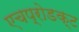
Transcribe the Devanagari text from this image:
एचप्रोडक्ट